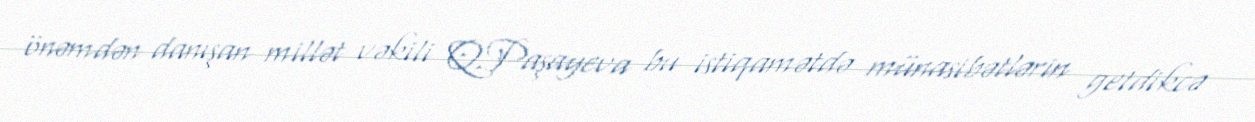
önəmdən danışan millət vəkili Q.Paşayeva bu istiqamətdə münasibətlərin getdikcə